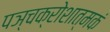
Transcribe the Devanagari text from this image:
पञ्चक्रोशात्मकं